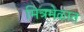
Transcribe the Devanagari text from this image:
मित्रमेळात